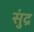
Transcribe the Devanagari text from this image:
सुंद्र